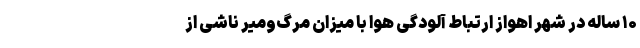
۱۰ ساله در شهر اهواز ارتباط آلودگی هوا با میزان مرگ‌ومیر ناشی از